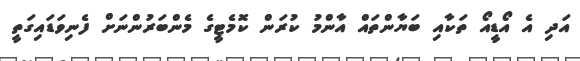
އަދި އެ އޯޑީއޯ ތަކާއި ބަޔާންތައް އާންމު ކުރަން ކޮމެޓީގެ މެންބަރުންނަށް ފެނިވަޑައިގަތީ